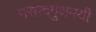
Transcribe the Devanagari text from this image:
प्रसादगुणमयी